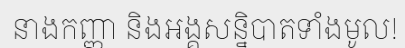
នាងកញ្ញា និងអង្គសន្និបាតទាំងមូល!